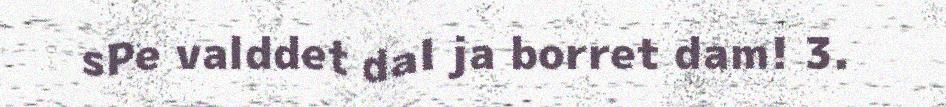
sPe valddet dal ja borret dam! 3.